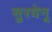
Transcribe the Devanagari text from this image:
सुरधेनू